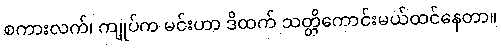
စကားလက်၊ ကျုပ်က မင်းဟာ ဒိထက် သတ္တိကောင်းမယ်ထင်နေတာ။